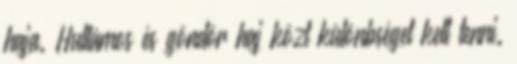
haja. Hullámos és göndör haj közt különbséget kell tenni.